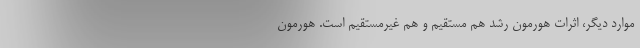
موارد دیگر، اثرات هورمون رشد هم مستقیم و هم غیرمستقیم است. هورمون